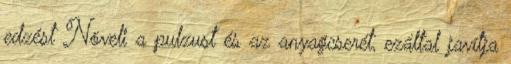
edzést Növeli a pulzust és az anyagcserét, ezáltal javítja